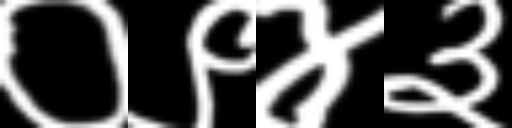
Text: ०९४३